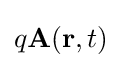
q\mathbf {A} (\mathbf {r} ,t)